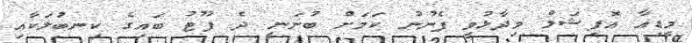
މީޑިއާ އޮފިޝަލް ވިދާޅުވީ ފެނުނު ކަމަށް ބުނަނީ ދެ ފޫޓު ބައިގެ ކިނބުލަކާއި